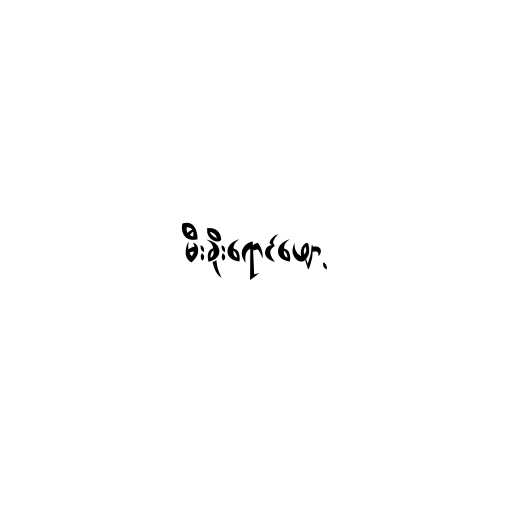
မီးခိုးရောင်ဖျော့